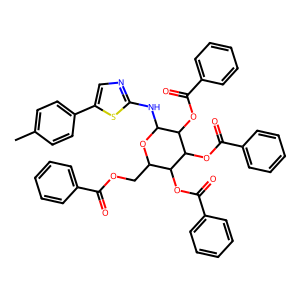
SMILES: Cc1ccc(-c2cnc(NC3OC(COC(=O)c4ccccc4)C(OC(=O)c4ccccc4)C(OC(=O)c4ccccc4)C3OC(=O)c3ccccc3)s2)cc1
Inhibits HIV replication: No